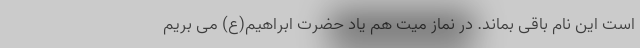
است این نام باقی بماند. در نماز میت هم یاد حضرت ابراهیم(ع) می بریم